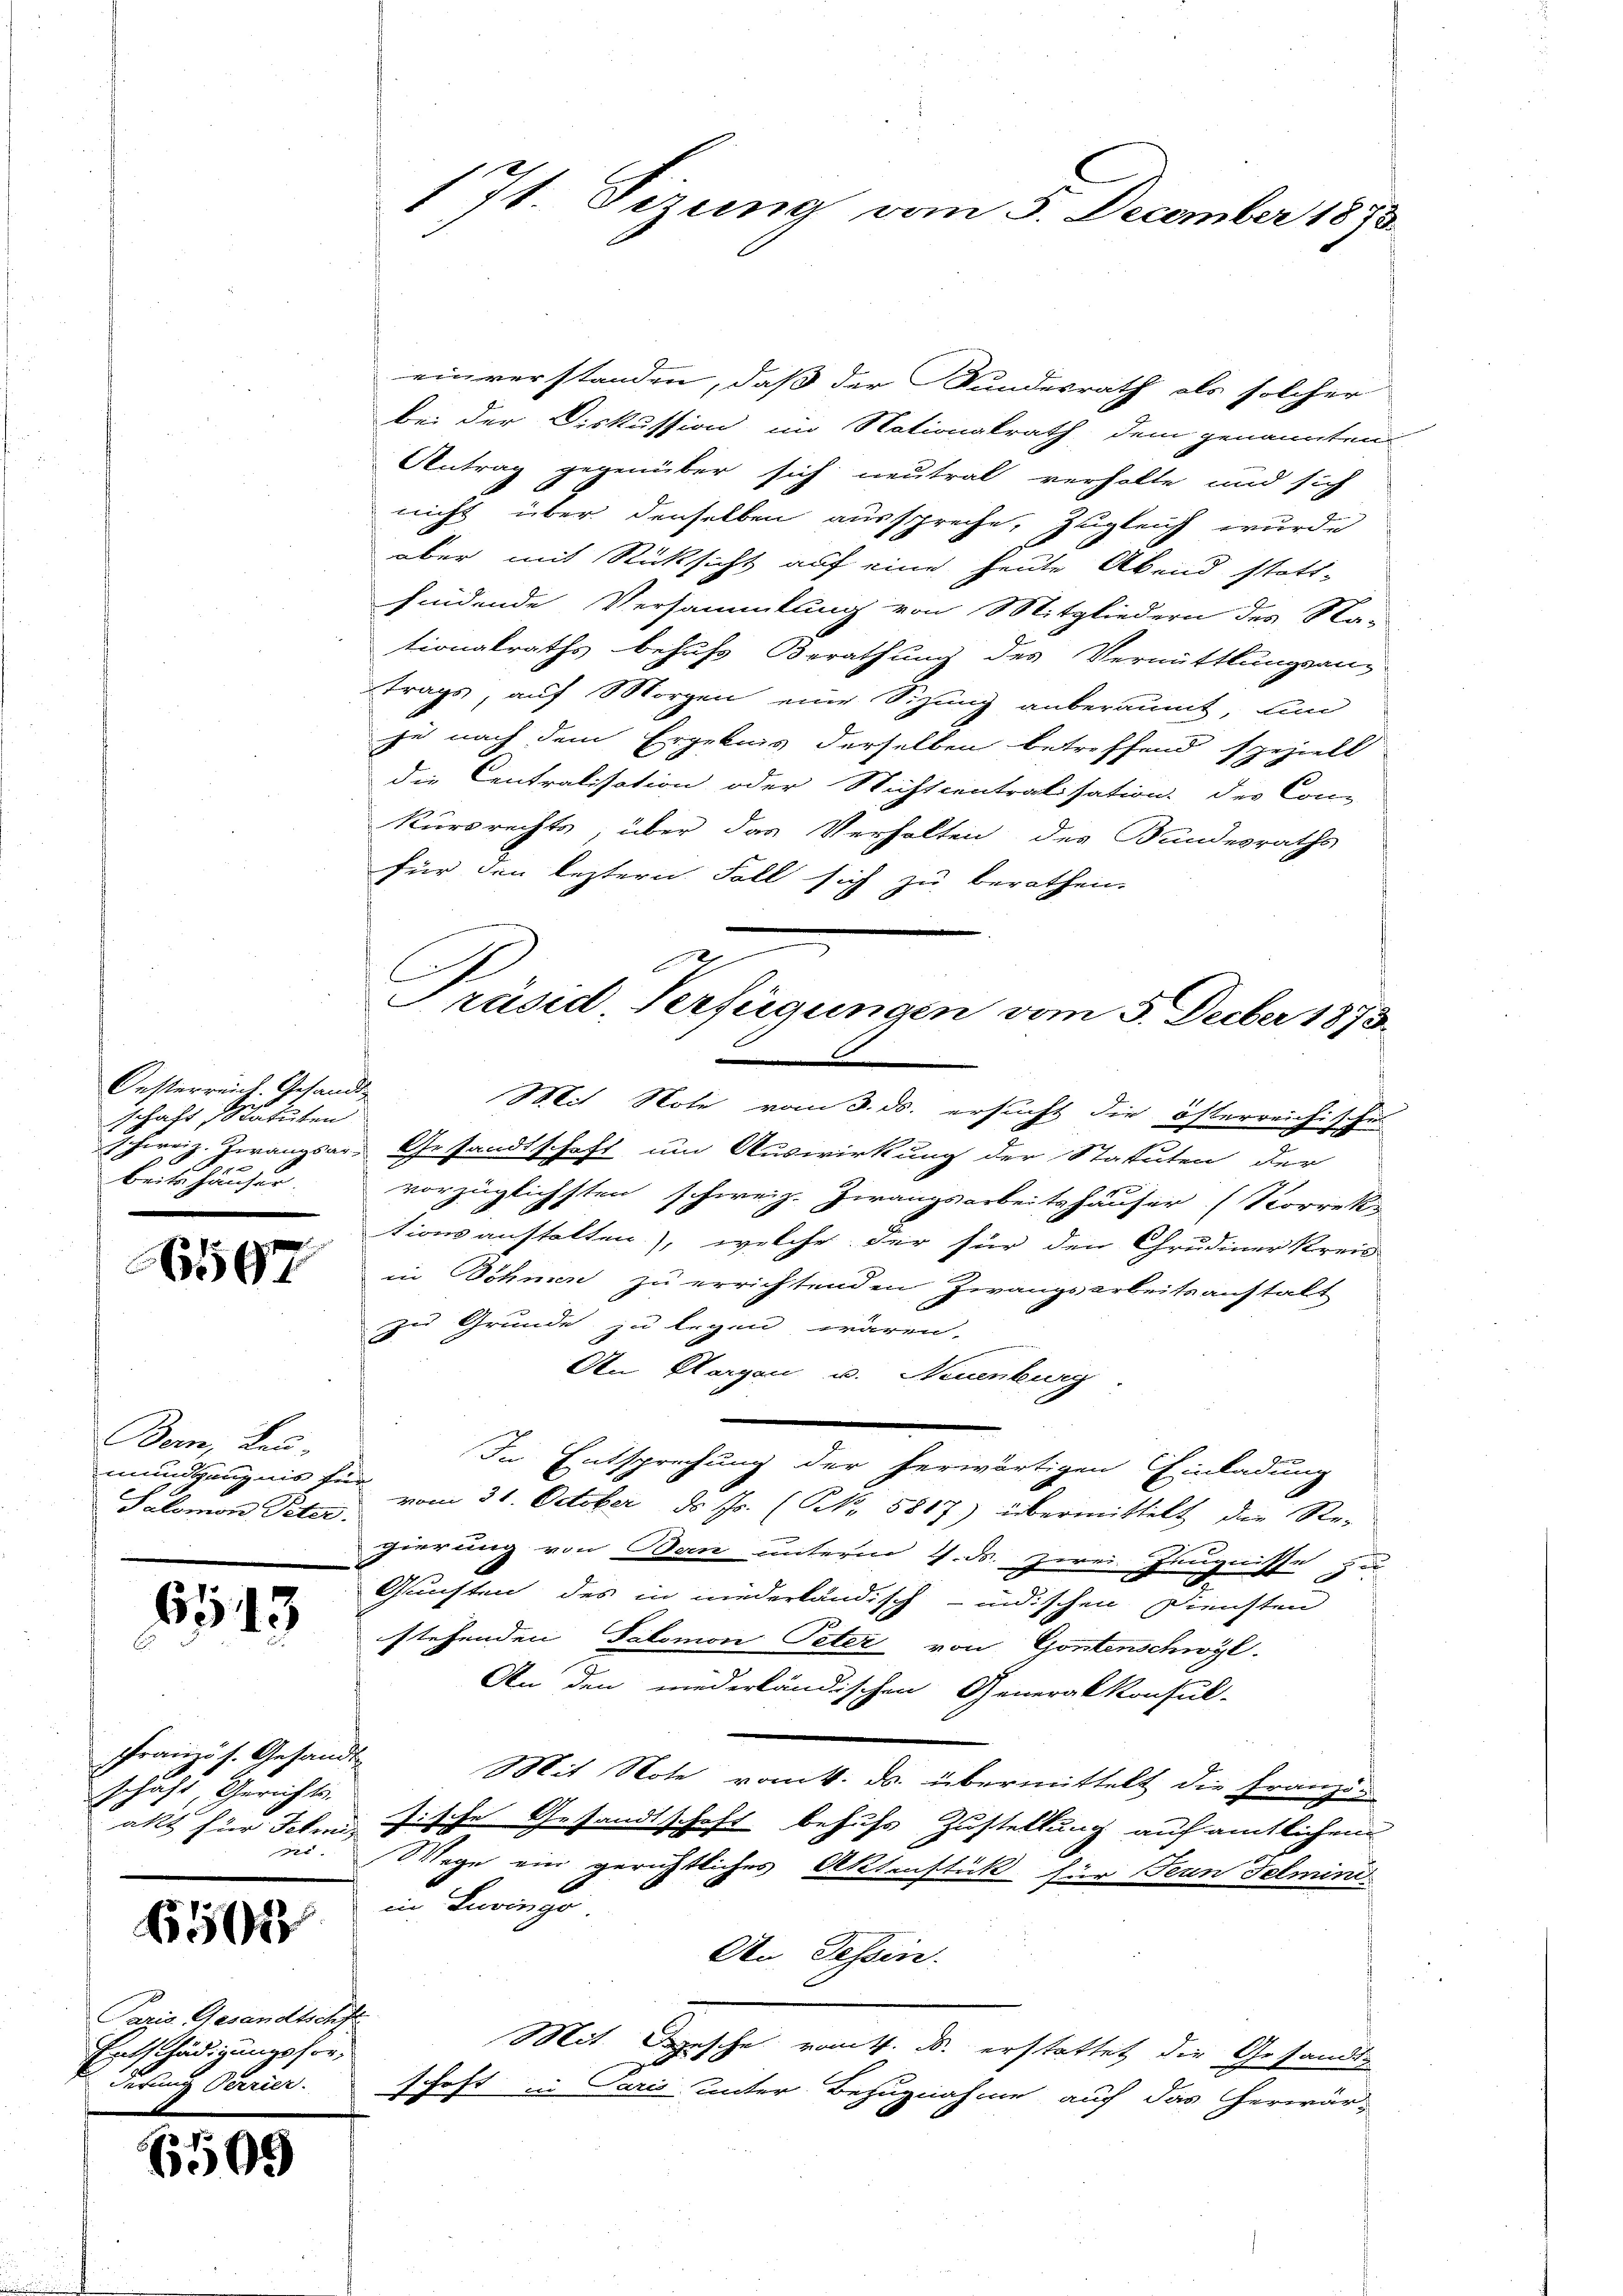
Oesterreich. Gesandt-
schaft, Statuten
beite häuser.
e
s

597

Bern, Leu-
mundgängnis für
Salomon Peter.

643

französ. Gesandt
schaft Gerichts-
.

6505

Pazis Gesandtschft
Entschädigungssor,
derung Perrier.

6509

einverstanden, daß der Kundesrath als solcher
bei der Diskussion im Nationskrath dem genannten
Antrag gegenüber sich neutral verhalte und sich
nicht über denselben ausspreche, zugleich wurde
aber mit Rücksicht auf eine heute Abend statt-
findende Versammlung von Mitgliedern des Na-
tionalraths behufs Berathung des Vermittlungsan-
trags auf Morgen eine Sizung anberaumt, un
je nach dem Ergebnis derselben betreffend speziell
die Centralisation oder Nichtcentralisation des Conkursrechts, über das Verhalten des Bundesraths
für den leztern Fall sich zu berathen.
d
Mit Note vom 3. ds. ersucht die österreichisches
schweiz. Zwangsar- Gesandtschaft um Auswirkung der Statuten der
vorzüglichsten schweiz. Zwangsarbeitshäuser (Korrekt
tionsanstalten), welche der für den Chrudiner Kreis
in Döhnen zu errichtenden Zwangsarbeitsanstalt
zu Grunde zu legen wären,
An Horgen u. Neuenburg
In Entsprechung der herwärtigen Einladung
vom 31. October d. Js. (NNo. 5817) übermittelt die Regierung von Bern unterm 4. ds. zwei Zeugnisse zu
Gunsten des in niederländisch-indischen Diensten
stehenden Salomon Peter von Gontenschwyl
An den niederländischen Generalkonsul-
Mit Note vom 4. ds. übermittelt die Franzig
akt für Jahres Fische Gesandtschaft behufs Zustellung auf amtlichen
Wege ein gerichtliches Aktenstück für Fern Felmini
im Turin go
An Tessin.
Mit Fische vom 4. ds. erstattet der Gesandtschaft in Paris unter Bezugnahme auf das herwär-

1 7t. Sizung vom 5. December 1873.

A
Präsid. Verfügungen vom 5. Feber 1873.